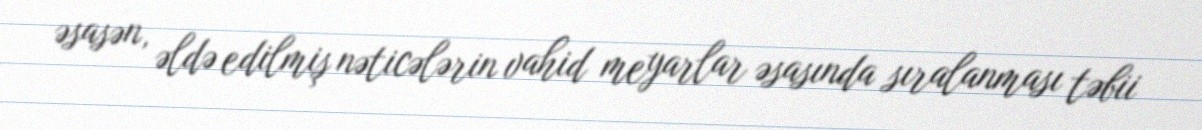
əsasən, əldə edilmiş nəticələrin vahid meyarlar əsasında sıralanması təbii